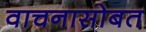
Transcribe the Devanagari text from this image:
वाचनासोबत